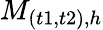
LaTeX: M_{(t1,t2),h}